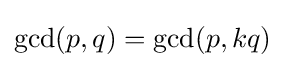
\gcd(p,q)=\gcd(p,kq)